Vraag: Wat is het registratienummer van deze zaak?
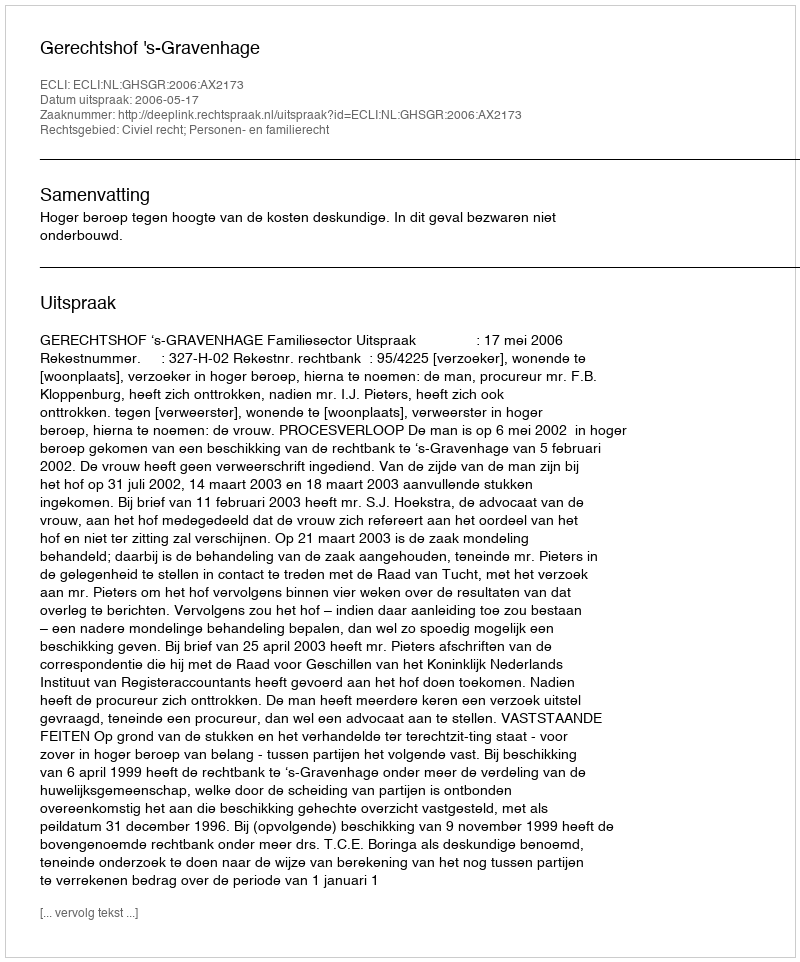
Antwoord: http://deeplink.rechtspraak.nl/uitspraak?id=ECLI:NL:GHSGR:2006:AX2173